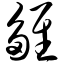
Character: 雏